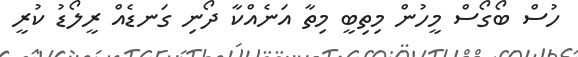
ހުސް ބޯގޯސް މީހުން މިތިބީ މިތާ އަނެއްކާ ދޯނި ގަނޑެއް ރީލޯޑު ކުރީ